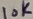
Text: 10K